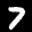
Label: 7